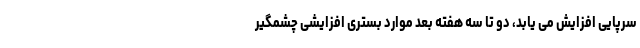
سرپایی افزایش می یابد، دو تا سه هفته بعد موارد بستری افزایشی چشمگیر